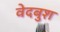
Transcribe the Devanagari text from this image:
वेदबुश